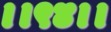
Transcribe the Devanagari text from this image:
।।९४।।